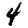
Digit: 4